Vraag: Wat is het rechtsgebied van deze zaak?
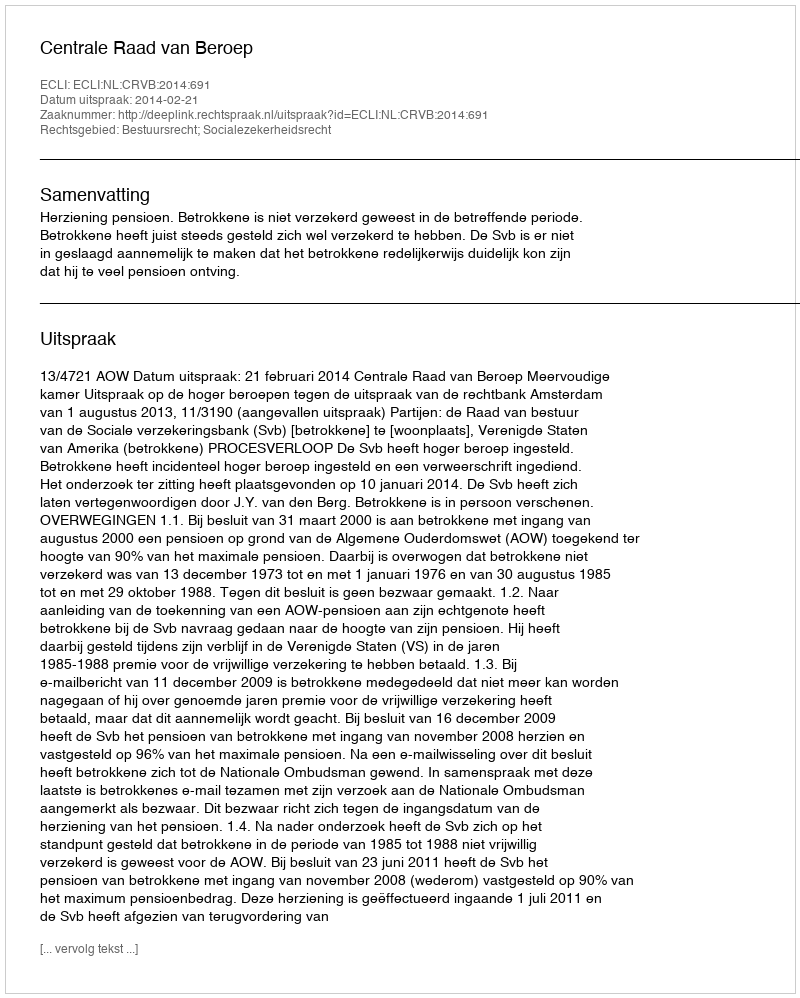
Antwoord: Bestuursrecht; Socialezekerheidsrecht